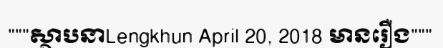
"""ស្ថាបនាLengkhun April 20, 2018 មានរឿង"""